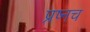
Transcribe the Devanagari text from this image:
प्रष्नच